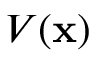
V ( \mathbf { x } )